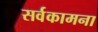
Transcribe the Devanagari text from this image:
सर्वकामना